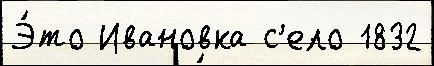
Э́то Ивановка с'ело 1832